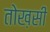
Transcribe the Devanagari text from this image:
तोख़सी